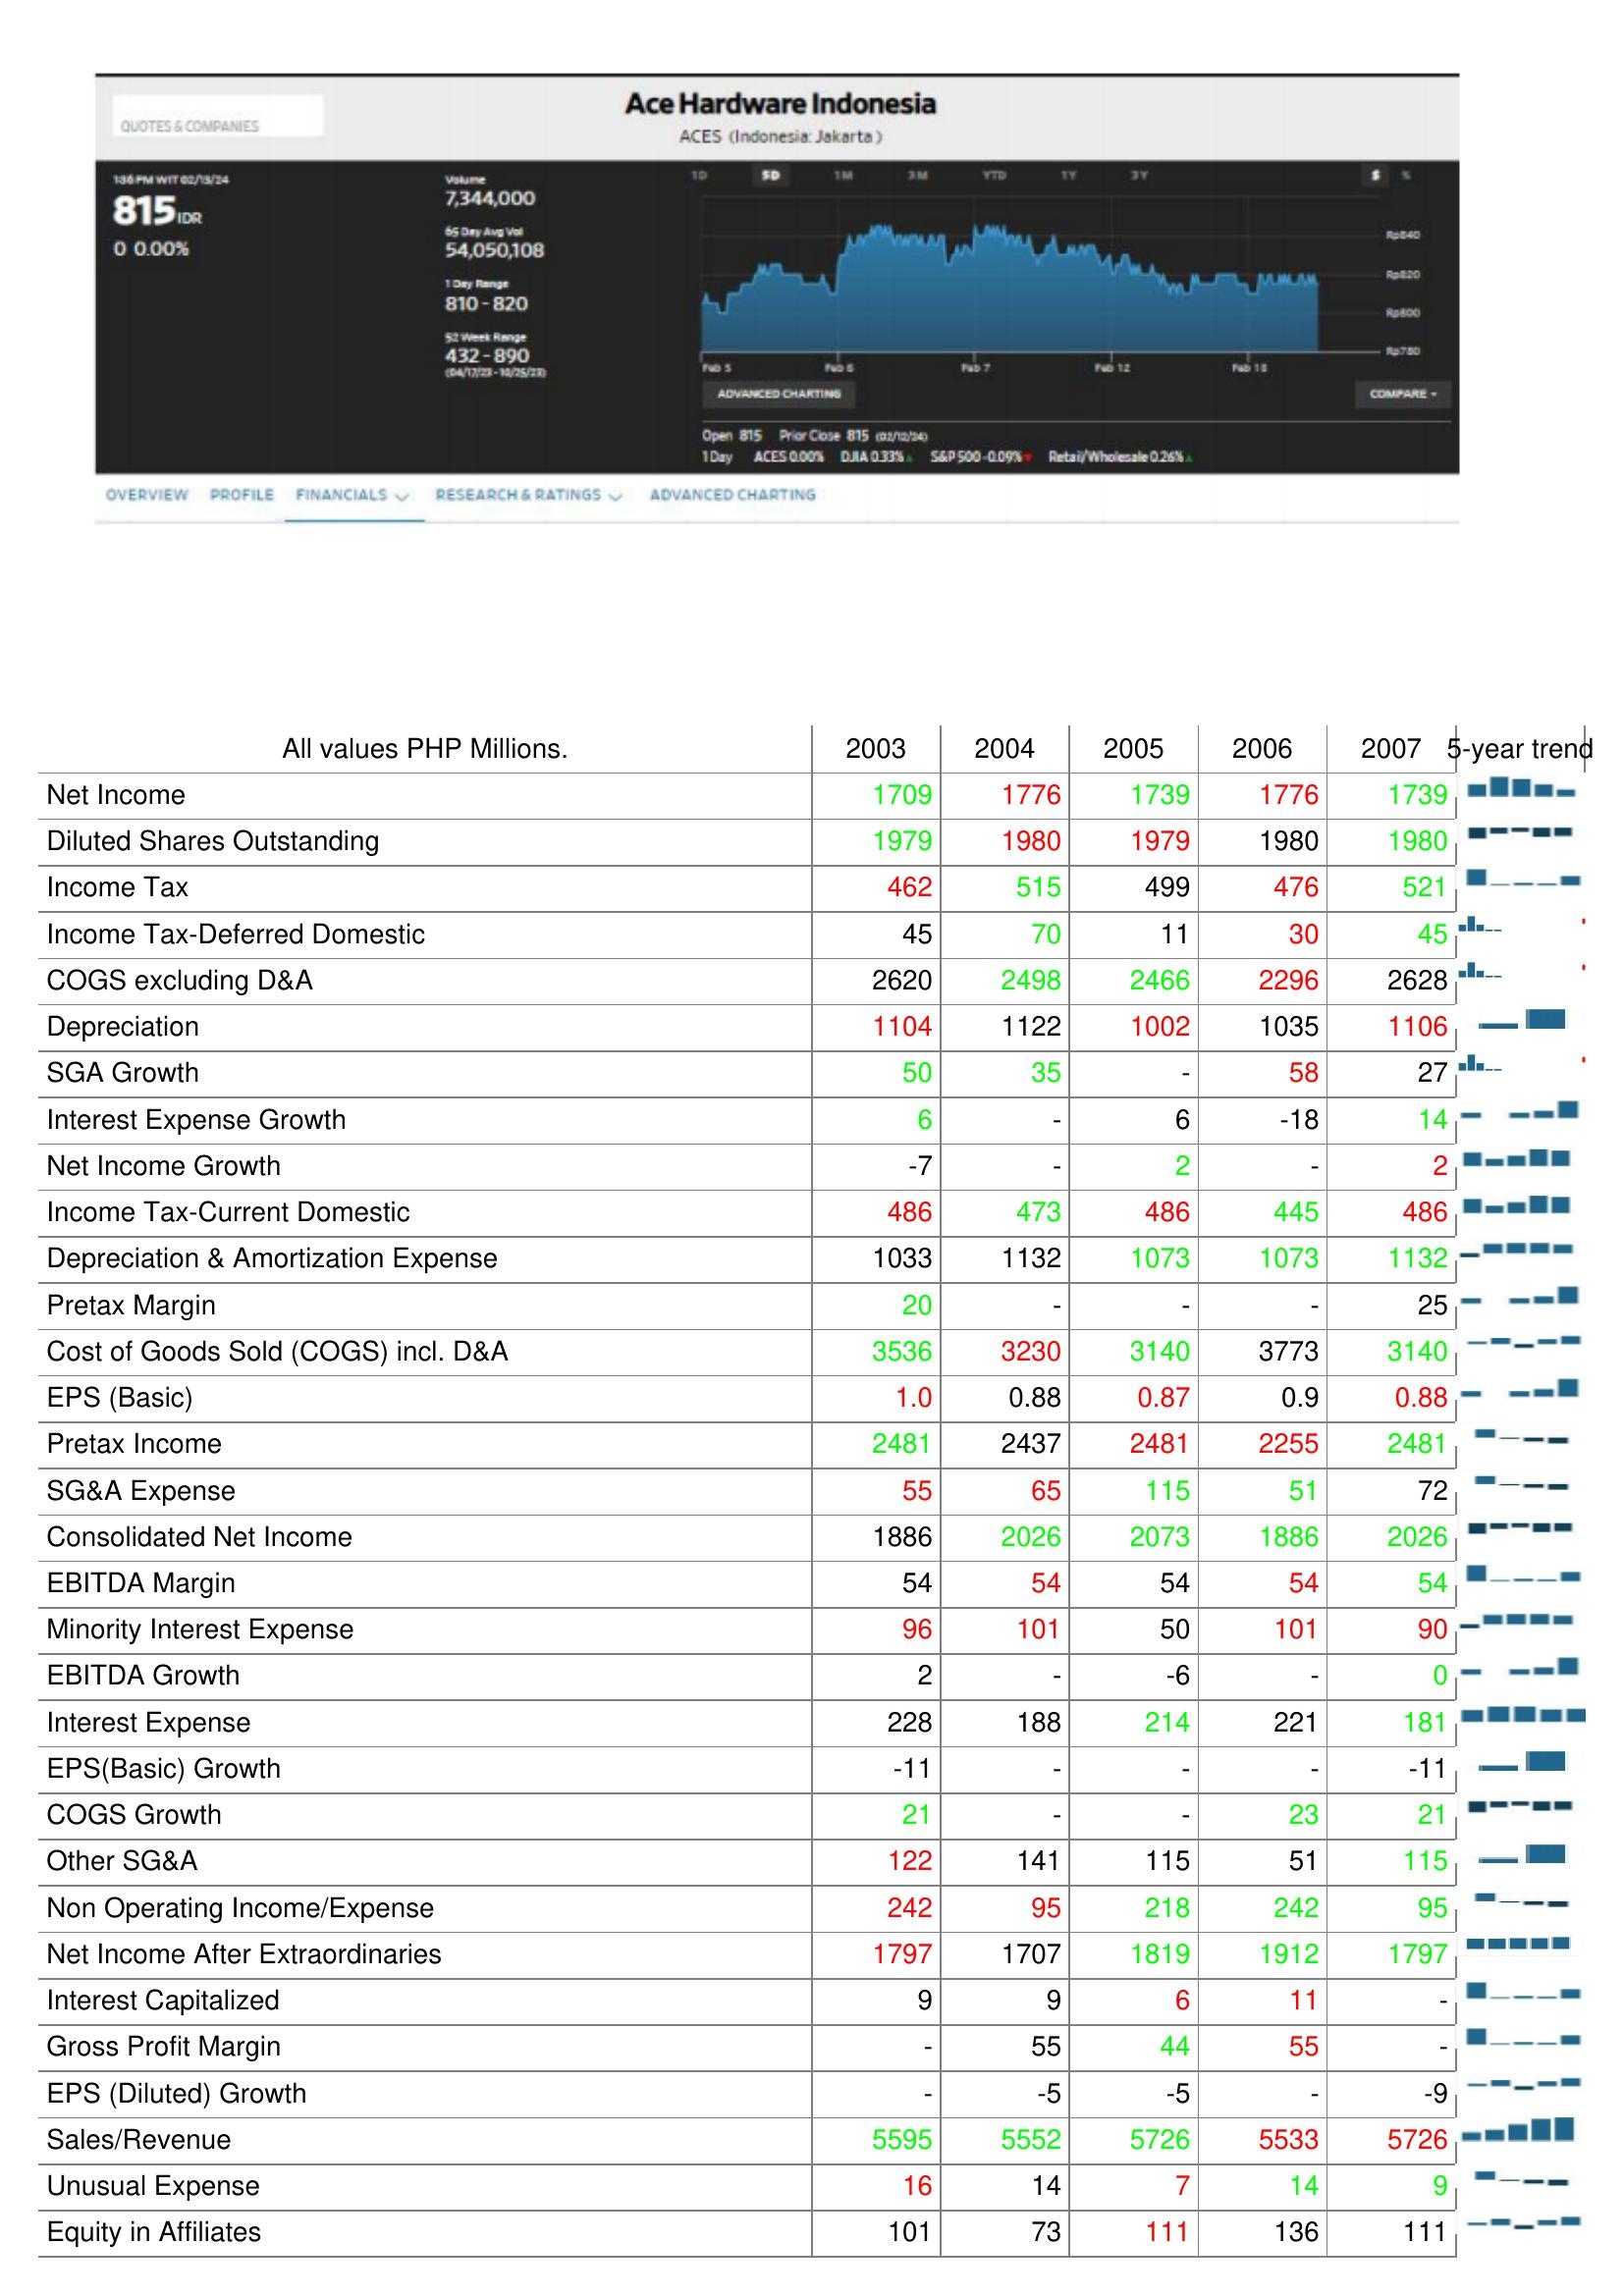
2003: : Net Income: 1709
Diluted Shares Outstanding: 1979
Income Tax: 462
Income Tax-Deferred Domestic: 45
COGS excluding D&A: 2620
Depreciation: 1104
SGA Growth: 50
Interest Expense Growth: 6
Net Income Growth: -7
Income Tax-Current Domestic: 486
Depreciation & Amortization Expense: 1033
Pretax Margin: 20
Cost of Goods Sold (COGS) incl. D&A: 3536
EPS (Basic): 1.0
Pretax Income: 2481
SG&A Expense: 55
Consolidated Net Income: 1886
EBITDA Margin: 54
Minority Interest Expense: 96
EBITDA Growth: 2
Interest Expense: 228
EPS(Basic) Growth: -11
COGS Growth: 21
Other SG&A: 122
Non Operating Income/Expense: 242
Net Income After Extraordinaries: 1797
Interest Capitalized: 9
Gross Profit Margin: -
EPS (Diluted) Growth: -
Sales/Revenue: 5595
Unusual Expense: 16
Equity in Affiliates: 101
2004: : Net Income: 1776
Diluted Shares Outstanding: 1980
Income Tax: 515
Income Tax-Deferred Domestic: 70
COGS excluding D&A: 2498
Depreciation: 1122
SGA Growth: 35
Interest Expense Growth: -
Net Income Growth: -
Income Tax-Current Domestic: 473
Depreciation & Amortization Expense: 1132
Pretax Margin: -
Cost of Goods Sold (COGS) incl. D&A: 3230
EPS (Basic): 0.88
Pretax Income: 2437
SG&A Expense: 65
Consolidated Net Income: 2026
EBITDA Margin: 54
Minority Interest Expense: 101
EBITDA Growth: -
Interest Expense: 188
EPS(Basic) Growth: -
COGS Growth: -
Other SG&A: 141
Non Operating Income/Expense: 95
Net Income After Extraordinaries: 1707
Interest Capitalized: 9
Gross Profit Margin: 55
EPS (Diluted) Growth: -5
Sales/Revenue: 5552
Unusual Expense: 14
Equity in Affiliates: 73
2005: : Net Income: 1739
Diluted Shares Outstanding: 1979
Income Tax: 499
Income Tax-Deferred Domestic: 11
COGS excluding D&A: 2466
Depreciation: 1002
SGA Growth: -
Interest Expense Growth: 6
Net Income Growth: 2
Income Tax-Current Domestic: 486
Depreciation & Amortization Expense: 1073
Pretax Margin: -
Cost of Goods Sold (COGS) incl. D&A: 3140
EPS (Basic): 0.87
Pretax Income: 2481
SG&A Expense: 115
Consolidated Net Income: 2073
EBITDA Margin: 54
Minority Interest Expense: 50
EBITDA Growth: -6
Interest Expense: 214
EPS(Basic) Growth: -
COGS Growth: -
Other SG&A: 115
Non Operating Income/Expense: 218
Net Income After Extraordinaries: 1819
Interest Capitalized: 6
Gross Profit Margin: 44
EPS (Diluted) Growth: -5
Sales/Revenue: 5726
Unusual Expense: 7
Equity in Affiliates: 111
2006: : Net Income: 1776
Diluted Shares Outstanding: 1980
Income Tax: 476
Income Tax-Deferred Domestic: 30
COGS excluding D&A: 2296
Depreciation: 1035
SGA Growth: 58
Interest Expense Growth: -18
Net Income Growth: -
Income Tax-Current Domestic: 445
Depreciation & Amortization Expense: 1073
Pretax Margin: -
Cost of Goods Sold (COGS) incl. D&A: 3773
EPS (Basic): 0.9
Pretax Income: 2255
SG&A Expense: 51
Consolidated Net Income: 1886
EBITDA Margin: 54
Minority Interest Expense: 101
EBITDA Growth: -
Interest Expense: 221
EPS(Basic) Growth: -
COGS Growth: 23
Other SG&A: 51
Non Operating Income/Expense: 242
Net Income After Extraordinaries: 1912
Interest Capitalized: 11
Gross Profit Margin: 55
EPS (Diluted) Growth: -
Sales/Revenue: 5533
Unusual Expense: 14
Equity in Affiliates: 136
2007: : Net Income: 1739
Diluted Shares Outstanding: 1980
Income Tax: 521
Income Tax-Deferred Domestic: 45
COGS excluding D&A: 2628
Depreciation: 1106
SGA Growth: 27
Interest Expense Growth: 14
Net Income Growth: 2
Income Tax-Current Domestic: 486
Depreciation & Amortization Expense: 1132
Pretax Margin: 25
Cost of Goods Sold (COGS) incl. D&A: 3140
EPS (Basic): 0.88
Pretax Income: 2481
SG&A Expense: 72
Consolidated Net Income: 2026
EBITDA Margin: 54
Minority Interest Expense: 90
EBITDA Growth: 0
Interest Expense: 181
EPS(Basic) Growth: -11
COGS Growth: 21
Other SG&A: 115
Non Operating Income/Expense: 95
Net Income After Extraordinaries: 1797
Interest Capitalized: -
Gross Profit Margin: -
EPS (Diluted) Growth: -9
Sales/Revenue: 5726
Unusual Expense: 9
Equity in Affiliates: 111